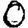
Digit: 0